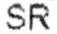
SR